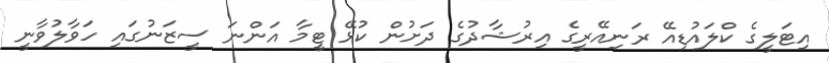
އިޓަލީގެ ކްލައުޑިއޭ ރަނިއޭރީގެ އިރުޝާދުގެ ދަށުން ކުޅޭ ޓީމާ އަންނަ ސީޒަނުގައި ހަވާލުވާނީ